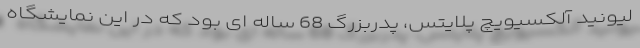
لیونید آلکسیویچ پلایتس، پدربزرگ 68 ساله ای بود که در این نمایشگاه